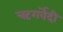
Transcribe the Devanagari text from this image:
ऋगर्वेदी